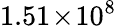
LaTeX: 1.51\! \times\! 10^{8}